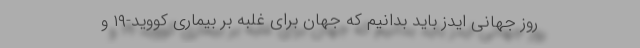
روز جهانی ایدز باید بدانیم که جهان برای غلبه بر بیماری کووید-۱۹ و